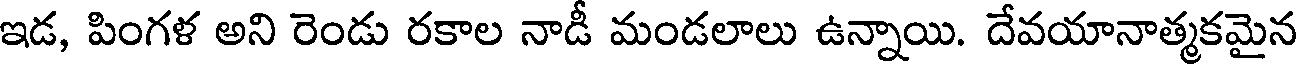
ఇడ, పింగళ అని రెండు రకాల నాడీ మండలాలు ఉన్నాయి. దేవయానాత్మకమైన